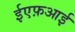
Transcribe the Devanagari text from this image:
ईएफ़आई